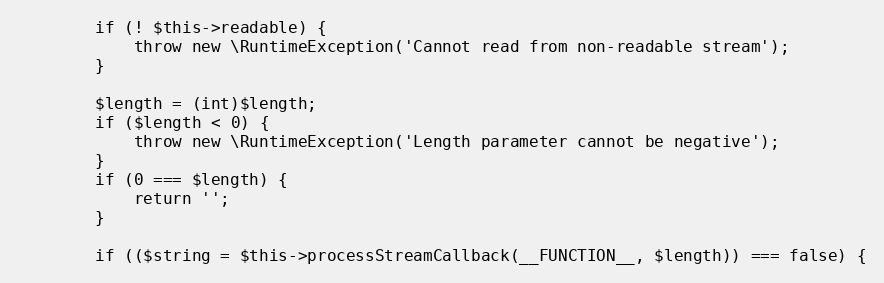
Language: PHP
        if (! $this->readable) {
            throw new \RuntimeException('Cannot read from non-readable stream');
        }

        $length = (int)$length;
        if ($length < 0) {
            throw new \RuntimeException('Length parameter cannot be negative');
        }
        if (0 === $length) {
            return '';
        }

        if (($string = $this->processStreamCallback(__FUNCTION__, $length)) === false) {